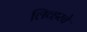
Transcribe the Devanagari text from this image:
लिव्हरचे